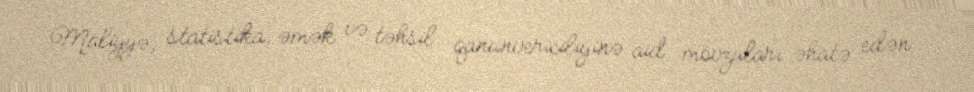
Maliyyə, statistika, əmək və təhsil qanunvericiliyinə aid mövzuları əhatə edən